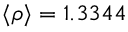
\langle \rho \rangle = 1 . 3 3 4 4